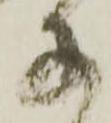
子